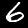
Label: 6